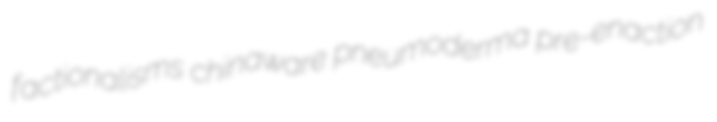
factionalisms chinaware pneumoderma pre-enaction